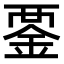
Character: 𧟴